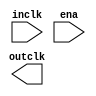

module cram_clock_en (
	inclk,
	ena,
	outclk);	

	input		inclk;
	input		ena;
	output		outclk;
endmodule